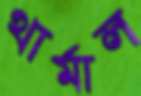
থার্মাল